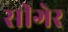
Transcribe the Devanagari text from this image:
सीगेर